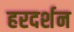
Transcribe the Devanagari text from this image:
हरदर्शन